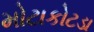
મોટાકોટડા